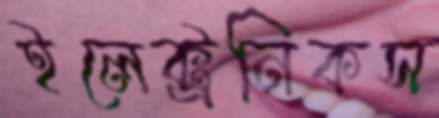
ইলেক্ট্রনিকস